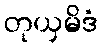
တုယှမိဒံ